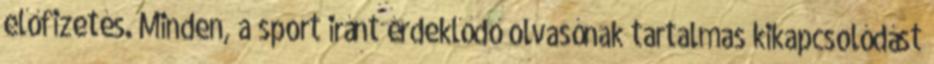
előfizetés. Minden, a sport iránt érdeklődő olvasónak tartalmas kikapcsolódást